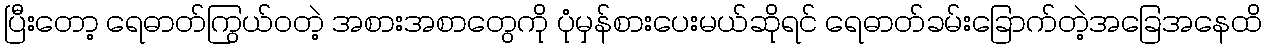
ပြီးတော့ ရေဓာတ်ကြွယ်ဝတဲ့ အစားအစာတွေကို ပုံမှန်စားပေးမယ်ဆိုရင် ရေဓာတ်ခမ်းခြောက်တဲ့အခြေအနေထိ